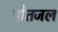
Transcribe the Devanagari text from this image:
पोतजल